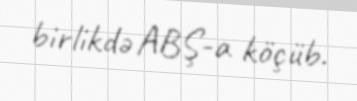
birlikdə ABŞ-a köçüb.